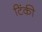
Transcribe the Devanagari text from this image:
टिंकी